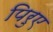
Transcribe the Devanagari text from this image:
पिरुए